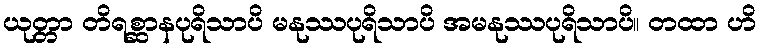
ယုတ္တာ တိရစ္ဆာနပုရိသာပိ မနုဿပုရိသာပိ အမနုဿပုရိသာပိ။ တထာ ဟိ